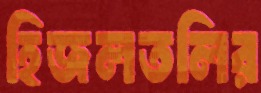
হিজলতলির